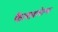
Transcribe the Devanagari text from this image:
फैलावलेल्या